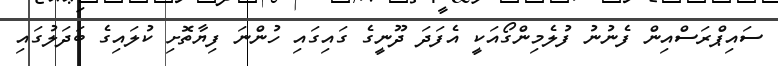
ސައިޕްރަސްއިން ފެނުނު ފުލެމިންގޯއަކީ އެފަދަ ދޫނީގެ ގައިގައި ހުންނަ ފިޔާތޮށި ކުލައިގެ ބަދަލުގައި